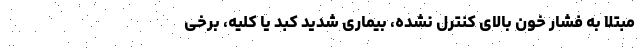
مبتلا به فشار خون بالای کنترل نشده، بیماری شدید کبد یا کلیه، برخی